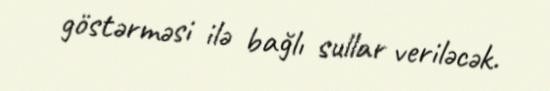
göstərməsi ilə bağlı sullar veriləcək.